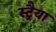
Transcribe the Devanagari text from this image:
स्ट्रैया